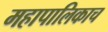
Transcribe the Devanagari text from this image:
महापालिकाच